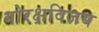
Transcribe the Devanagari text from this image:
गोरक्षविजय